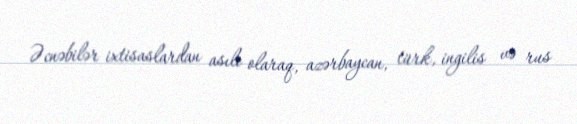
Əcnəbilər ixtisaslardan asılı olaraq, azərbaycan, türk, ingilis və rus